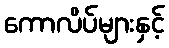
ကောလိပ်များနှင့်